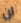
لن